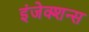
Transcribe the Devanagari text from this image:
इंजेक्शन्स